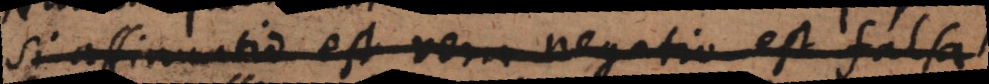
Si affirmatio est vera negatio est falsa